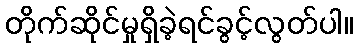
တိုက်ဆိုင်မှုရှိခဲ့ရင်ခွင့်လွတ်ပါ။